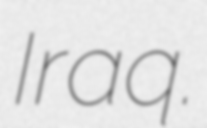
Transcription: Iraq.